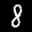
Label: 8